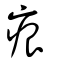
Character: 痕